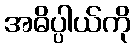
အဓိပ္ပါယ်ကို